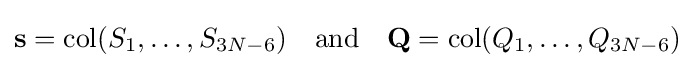
\mathbf {s} =\operatorname {col} (S_{1},\ldots ,S_{3N-6})\quad \mathrm {and} \quad \mathbf {Q} =\operatorname {col} (Q_{1},\ldots ,Q_{3N-6})